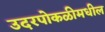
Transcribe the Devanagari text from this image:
उदरपोकळीमधील